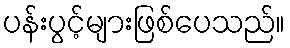
ပန်းပွင့်များဖြစ်ပေသည်။